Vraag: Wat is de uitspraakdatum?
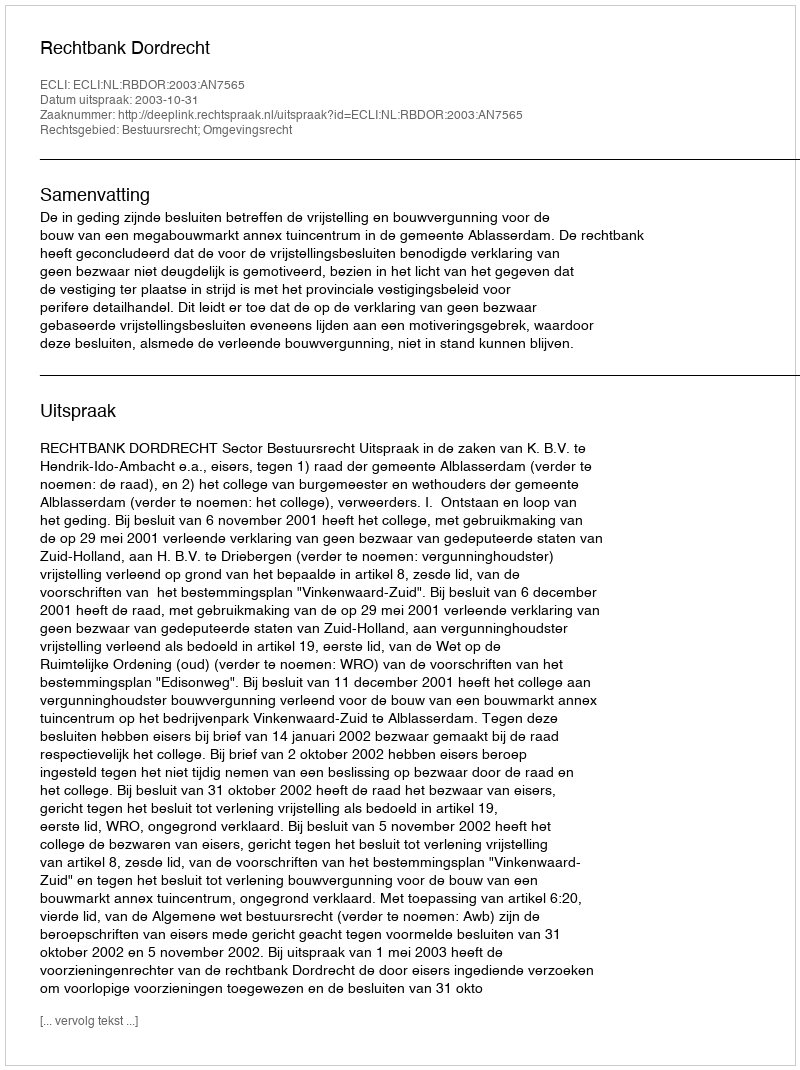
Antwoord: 2003-10-31